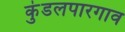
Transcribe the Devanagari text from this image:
कुंडलपारगाव